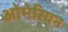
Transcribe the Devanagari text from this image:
ओमेरियन